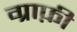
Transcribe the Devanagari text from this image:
ग्राफ़ी